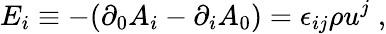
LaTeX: E_{i}\equiv-(\partial_{0}A_{i}-\partial_{i}A_{0})=\epsilon_{ij}\rho u^{j}\; ,